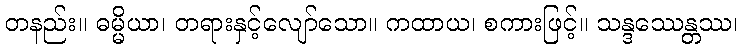
တနည်း။ ဓမ္မိယာ၊ တရားနှင့်လျော်သော။ ကထာယ၊ စကားဖြင့်။ သန္ဒဿေန္တဿ၊